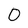
Character: 0